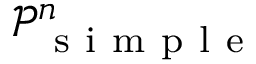
{ \mathcal P _ { \mathrm { ~ s ~ i ~ m ~ p ~ l ~ e ~ } } ^ { n } }